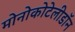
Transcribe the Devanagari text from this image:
मोनोकोटेलीडॉन